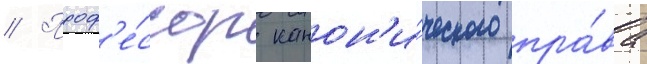
// Проф'е́ссор канон'и́ческого пра́ва